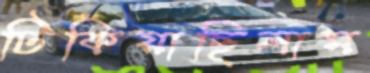
টিকিয়াছিলাম